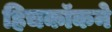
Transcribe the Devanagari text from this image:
हिचकॉकने